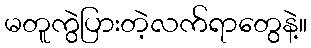
မတူကွဲပြားတဲ့လက်ရာတွေနဲ့။